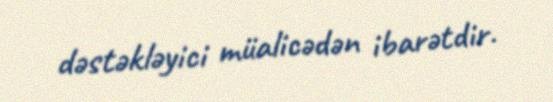
dəstəkləyici müalicədən ibarətdir.